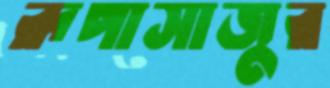
রূপাসাজুর